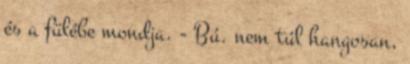
és a fülébe mondja. - Bú. nem túl hangosan,